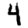
Digit: 4